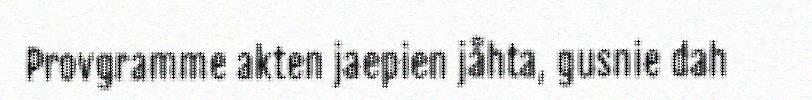
Provgramme akten jaepien jåhta, gusnie dah